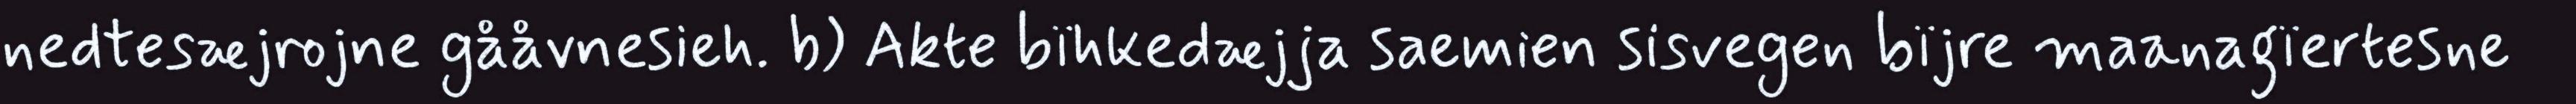
nedtesæjrojne gååvnesieh. b) Akte bïhkedæjja saemien sisvegen bïjre maanagïertesne